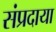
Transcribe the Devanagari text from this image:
संप्रदाया